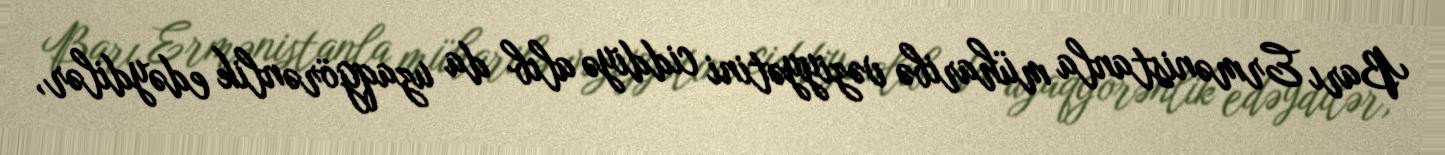
Barı Ermənistanla müharibə vəziyyətini ciddiyə alıb da uzaqgörənlik edəydilər,